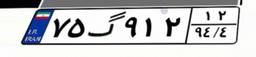
۷۵گ۹۱۲۱۲